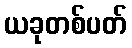
ယခုတစ်ပတ်